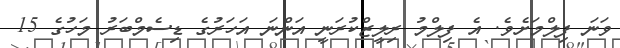
ވަނަ ފިލްމަށެވެ. އެ ފިލްމު ރިލީޒްކުރަނީ އަންނަ އަހަރުގެ ޑިސެމްބަރު މަހުގެ 15